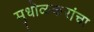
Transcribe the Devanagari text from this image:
मुधोळकरांचा